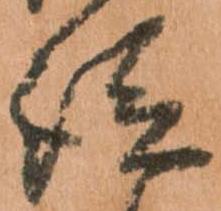
従